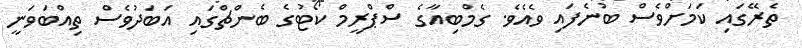
ތެރޭގައި ކަމަށްވެސް ބުނެފައި ވެއެވެ. ގެމްބިއާގެ ސްޕްރީމް ކޯޓުގެ ބެންޗްގައި އަބަދުވެސް ތިއްބަވަނީ